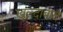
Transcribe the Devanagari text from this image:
खुल्‍दाबाद